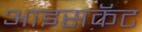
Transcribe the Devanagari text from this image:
आइसकॅट